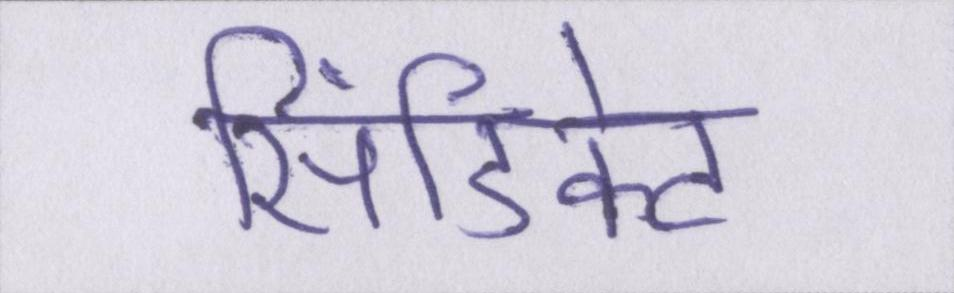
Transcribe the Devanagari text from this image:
सिंडिकेट